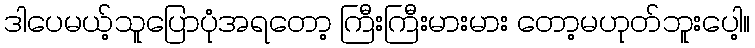
ဒါပေမယ့်သူပြောပုံအရတော့ ကြီးကြီးမားမား တော့မဟုတ်ဘူးပေါ့။